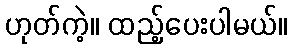
ဟုတ်ကဲ့။ ထည့်ပေးပါမယ်။